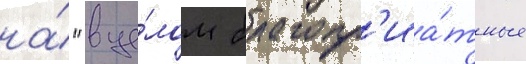
на́ "в це́лом благопр'иа́тные